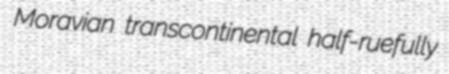
Moravian transcontinental half-ruefully